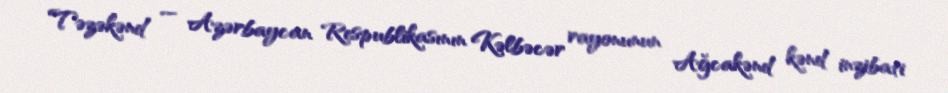
Təzəkənd — Azərbaycan Respublikasının Kəlbəcər rayonunun Ağcakənd kənd inzibati